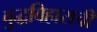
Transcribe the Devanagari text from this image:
बुद्धविहाराची